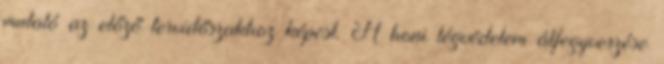
mutató az előző tervidőszakhoz képest. A honi légvédelem átfegyverzése